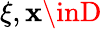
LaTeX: \xi,\mathbf{x}\inD